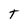
Character: T